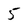
Character: 5